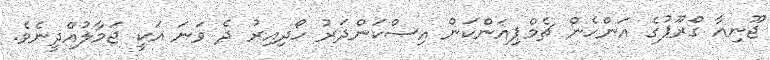
ޖޫނިއާ ގްރޫޕުގެ އަންހެން ޗެމްޕިއަންކަން އިސްކަންދަރު ހޯދިއިރު ދެ ވަނަ އަކީ ޖަމާލުއްދީނެވެ.